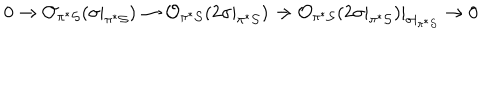
0 \rightarrow { \cal O } _ { \pi ^ { * } { \cal S } } ( \sigma | _ { \pi ^ { * } { \cal S } } ) \rightarrow { \cal O } _ { \pi ^ { * } { \cal S } } ( 2 \sigma | _ { \pi ^ { * } { \cal S } } ) \rightarrow { \cal O } _ { \pi ^ { * } { \cal S } } ( 2 \sigma | _ { \pi ^ { * } { \cal S } } ) | _ { \sigma | _ { \pi ^ { * } { \cal S } } } \rightarrow 0